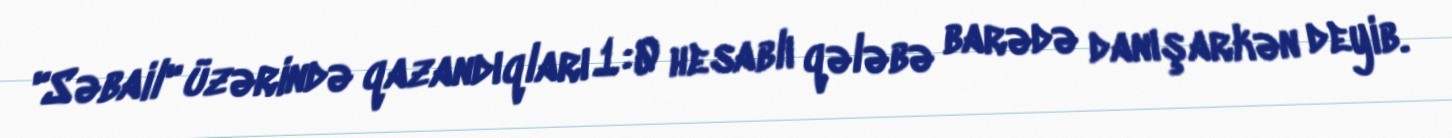
"Səbail" üzərində qazandıqları 1:0 hesablı qələbə barədə danışarkən deyib.